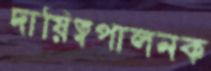
দায়িত্বপালনক